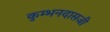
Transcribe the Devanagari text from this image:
कुम्भनदासजी